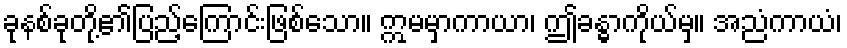
ခုနစ်ခုတို့၏ပြည့်ကြောင်းဖြစ်သော။ ဣမမှာကာယာ၊ ဤခန္ဓာကိုယ်မှ။ အညံကာယံ၊